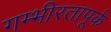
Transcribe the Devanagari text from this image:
गम्भीरतापूर्क